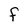
Character: F